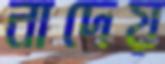
নাদেয়